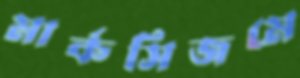
মার্কসিজমে